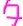
Text: 7